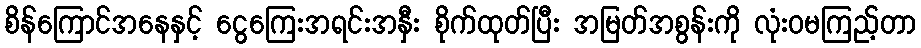
စိန်ကြောင်အနေနှင့် ငွေကြေးအရင်းအနှီး စိုက်ထုတ်ပြီး အမြတ်အစွန်းကို လုံးဝမကြည့်တာ